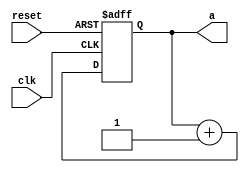
`timescale 1ns / 1ps

module modern_counter(
		clk, reset, a
    );

	input wire clk, reset;
	output reg [3:0] a;
	
	initial
	begin
		a[0] = 0;
		a[1] = 0;
		a[2] = 0;
		a[3] = 0;
		#1;
	end
	
	always@(posedge clk, posedge reset)
	begin
		if (reset)
			a <= 4'b0000;
		else
			a <= a + 1'b1;
	end

endmodule